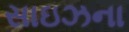
સાઇઝના